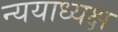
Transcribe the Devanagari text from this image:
न्ययाध्यक्ष